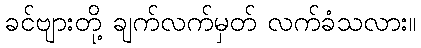
ခင်ဗျားတို့ ချက်လက်မှတ် လက်ခံသလား။